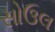
સોઉલ